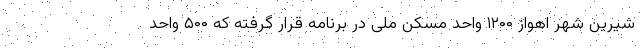
شیرین شهر اهواز ۱۲۰۰ واحد مسکن ملی در برنامه قرار گرفته که ۵۰۰ واحد